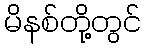
မိနစ်တို့တွင်